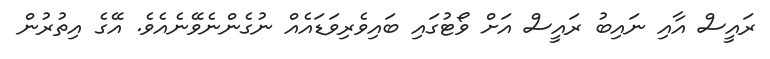
ރައީސް އާއި ނައިބު ރައީސް އަށް ވޯޓުގައި ބައިވެރިވަޑައެއް ނުގެންނެވޭނެއެވެ. އޭގެ އިތުރުން